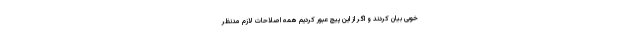
خوبی بیان کردند و اگر از این پیچ عبور کردیم همه اصلاحات لازم مدنظر